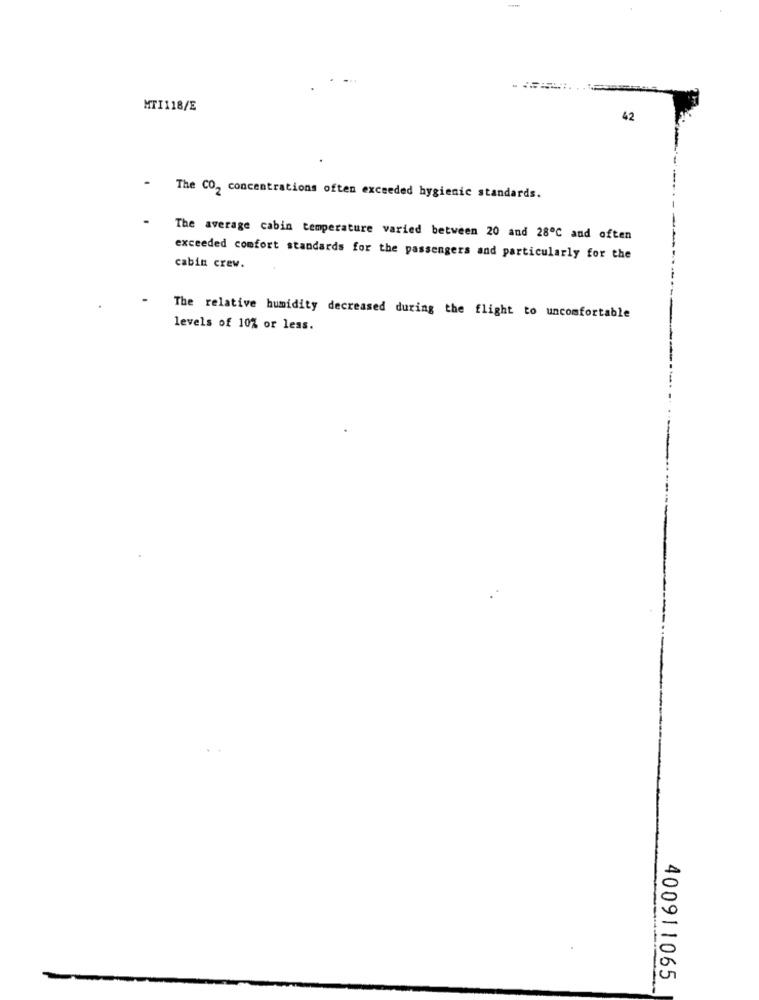
-
MTI118/E
42
- The CO2 concentrations often exceeded hygienic standards.
The average cabin temperature varied between 20 and 28℃ and often
exceeded comfort standards for the passengers and particularly for the
cabin crew.
The relative humidity decreased during the flight to uncomfortable
levels of 10% or less.
400911065